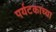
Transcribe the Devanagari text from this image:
पर्यटकाच्या